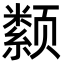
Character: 颣